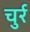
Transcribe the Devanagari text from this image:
चुर्र